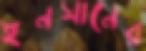
ইনসানের